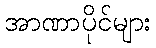
အာဏာပိုင်များ